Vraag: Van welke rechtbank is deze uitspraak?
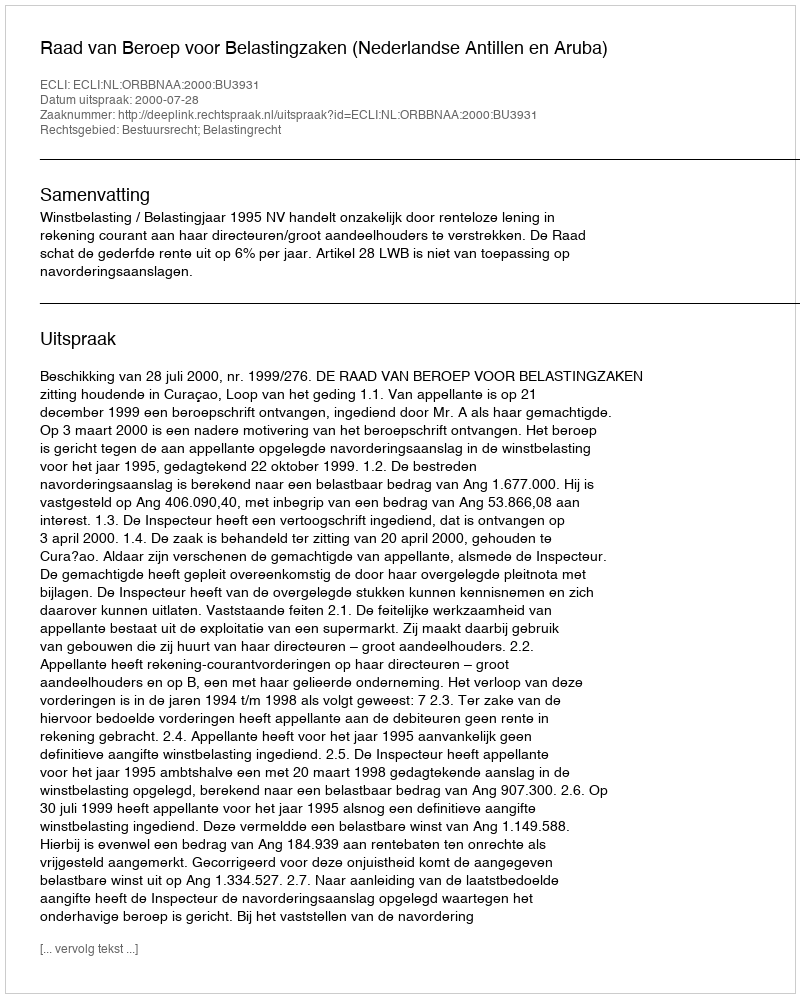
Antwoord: Raad van Beroep voor Belastingzaken (Nederlandse Antillen en Aruba)